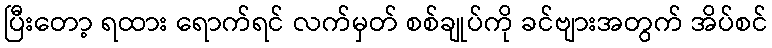
ပြီးတော့ ရထား ရောက်ရင် လက်မှတ် စစ်ချုပ်ကို ခင်ဗျားအတွက် အိပ်စင်